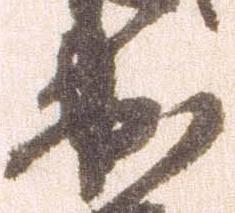
出